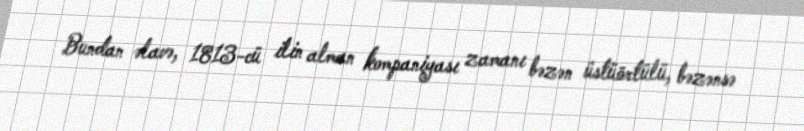
Bundan əlavə, 1813-cü ilin alman kompaniyası zamanı bəzən üstüörtülü, bəzənsə